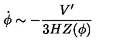
\dot { \phi } \sim - \frac { V ^ { \prime } } { 3 H Z ( \phi ) }